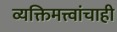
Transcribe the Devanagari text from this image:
व्यक्तिमत्त्वांचाही